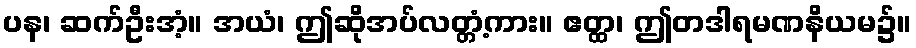
ပန၊ ဆက်ဦးအံ့။ အယံ၊ ဤဆိုအပ်လတ္တံ့ကား။ ဧတ္ထ၊ ဤတဒါရမဏနိယမ၌။